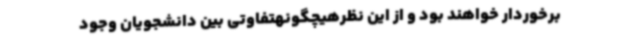
برخوردار خواهند بود و از این نظرهیچگونهتفاوتی بین دانشجویان وجود